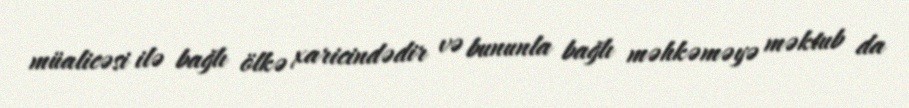
müalicəsi ilə bağlı ölkə xaricindədir və bununla bağlı məhkəməyə məktub da